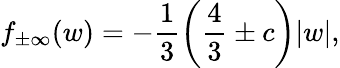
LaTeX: f_{\pm\infty}(w)=-\frac{1}{3}\left(\frac{4}{3}\pm c\right)|w|,